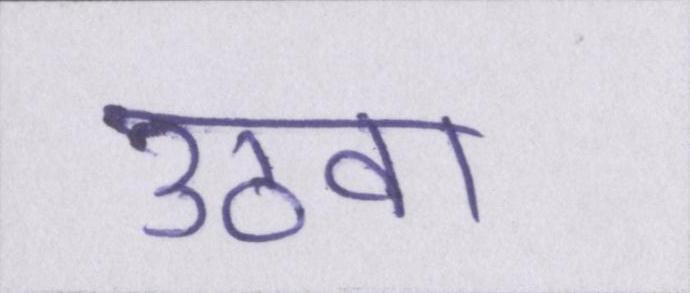
उठवा